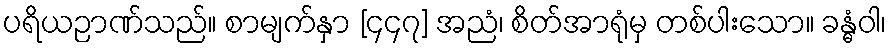
ပရိယဉာဏ်သည်။ စာမျက်နှာ [၄၄၇] အညံ၊ စိတ်အာရုံမှ တစ်ပါးသော။ ခန္ဓံဝါ၊